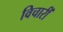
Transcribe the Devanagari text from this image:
विचारीं